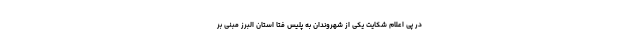
در پی اعلام شکایت یکی از شهروندان به پلیس فتا استان البرز مبنی بر